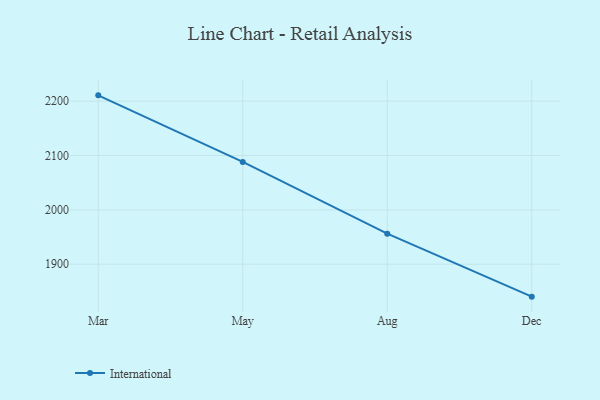
{"axis": {"x": "Month", "y": "Humidity (%)"}, "legend": ["International"], "data": [{"x": "Mar", "y": 2210.6, "type": "International"}, {"x": "May", "y": 2088.1, "type": "International"}, {"x": "Aug", "y": 1956.3, "type": "International"}, {"x": "Dec", "y": 1840.4, "type": "International"}]}